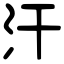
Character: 汗